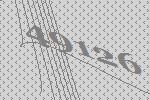
49126